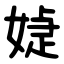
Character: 媫